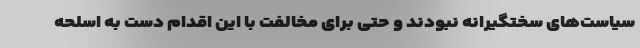
سیاست‌های سختگیرانه نبودند و حتی برای مخالفت با این اقدام دست به اسلحه